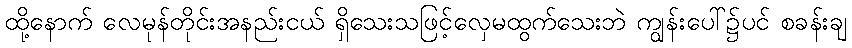
ထို့နောက် လေမုန်တိုင်းအနည်းငယ် ရှိသေးသဖြင့်လှေမထွက်သေးဘဲ ကျွန်းပေါ်၌ပင် စခန်းချ